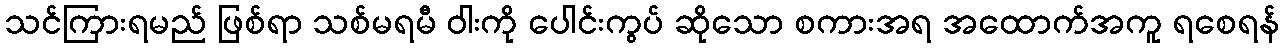
သင်ကြားရမည် ဖြစ်ရာ သစ်မရမီ ဝါးကို ပေါင်းကွပ် ဆိုသော စကားအရ အထောက်အကူ ရစေရန်